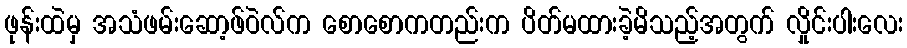
ဖုန်းထဲမှ အသံဖမ်းဆော့ဖ်ဝဲလ်က စောစောကတည်းက ပိတ်မထားခဲ့မိသည့်အတွက် လှိုင်းပါးလေး